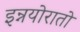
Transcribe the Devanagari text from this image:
इन्नयोरातो